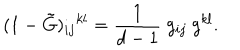
( 1 - \tilde { G } ) _ { i j } { } ^ { k l } = \frac { 1 } { d - 1 } \ g _ { i j } \ g ^ { k l } .